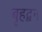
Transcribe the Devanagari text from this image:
बृहद्बन